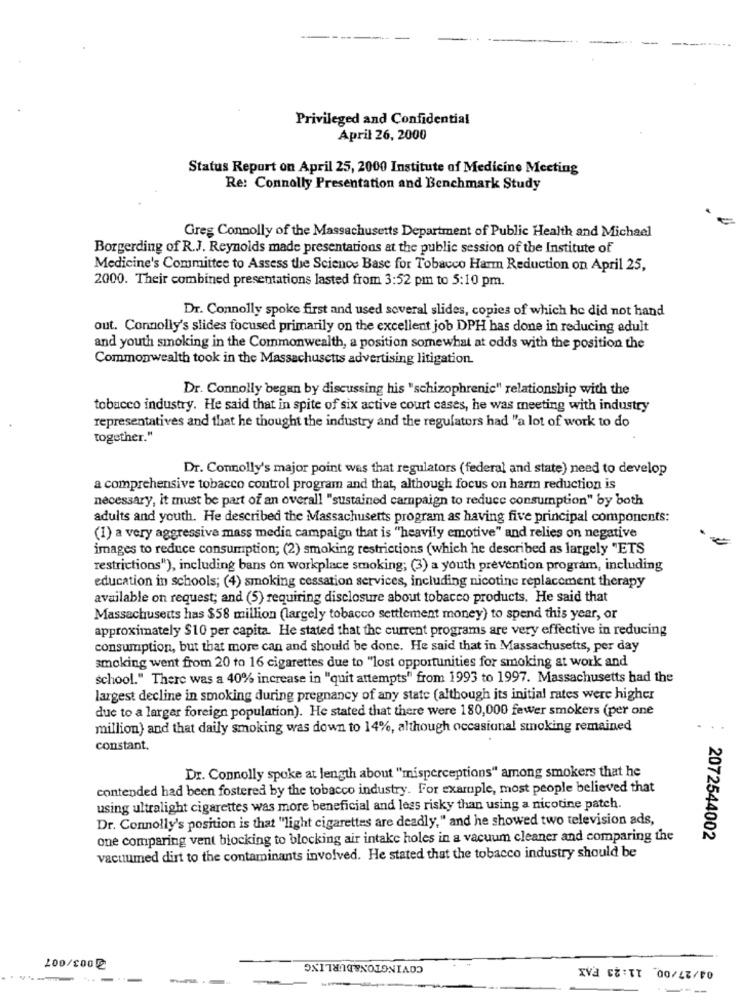
Privileged and Confidential
April 26, 2000
Status Report on April 25, 2000 Institute of Medicine Meeting
Re: Connolly Presentation and Benchmark Study
Greg Connolly of the Massachusetts Department of Public Health and Michael
Borgerding of R.J. Reynolds made presentations at the public session of the Institute of
Medicine's Committee to Assess the Science Base for Tobacco Harm Reduction on April 25,
2000. Their combined presentations lasted from 3:52 pm to 5:10 pm.
Dr. Connolly spoke first and used soveral slides, copies of which he did not hand
out. Connolly's slides focused primarily on the excellent job DPH has done in reducing adult
and youth smoking in the Commonwealth, a position somewhat at odds with the position the
Commonwealth took in the Massachusetts advertising litigation.
Dr. Connolly begun by discussing his "schizophrenic" relationship with the
tobacco industry. He said that in spite of six active court cases, he was meeting with industry
representatives and that he thought the industry and the regulators had "a lot of work to do
together."
Dr. Connolly's major point was that regulators (federal and state) need to develop
a comprehensive tobacco control program and that, although focus on harm reduction is
necessary, it must be part of an overall "sustained campaign to reduce consumption" by both
adults and youth. He described the Massachusetts program as having five principal components:
(1) a very aggressive mass media campaign that is "heavily emotive" and relies on negative
images to reduce consumption; (2) smoking restrictions (which he described as largely "ETS
restrictions"), including bans on workplace smoking; (3) a youth prevention program, including
education in schools; (4) smoking cessation services, including nicotine replacement therapy
available on request; and (5) requiring disclosure about tobacco products. He said that
Massachusetts has $58 million (largely tobacco settlement money) to spend this year, or
approximately $10 per capita. He stated that the current programs are very effective in reducing
consumption, but that more can and should be done. He said that in Massachusetts, per day
smoking went from 20 to 16 cigarettes due to "lost opportunities for smoking at work and
school." There was a 40% increase in "quit attempts" from 1993 to 1997. Massachusetts had the
largest decline in smoking during pregnancy of any state (although its initial rates were higher
due to a largar foreign population). He stated that there were 180,000 fewer smokers (per one
million) and that daily smoking was down to 14%, although occasional smoking remained
constant.
Dr. Connolly spoke at length about "misperceptions" among smokers that he
contended had been fostered by the tobacco industry. For example, most people believed that
using ultralight cigarettes was more beneficial and less risky than using a nicotine patch.
Dr. Connolly's position is that "light cigarettes are deadly," and he showed two television ads,
one comparing vent blocking to blocking air intake holes in a vacuum cleaner and comparing the
2072544002
vacuumed dirt to the contaminants involved. He stated that the tobacco industry should be
COVINGTON&BURLING
100/200
---